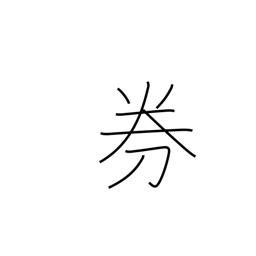
Meaning: ticket